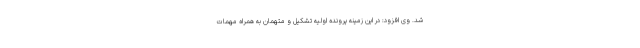
شد. وی افزود: در این زمینه پرونده اولیه تشکیل و متهمان به همراه مهمات